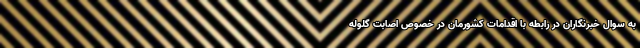
به سوال خبرنگاران در رابطه با اقدامات کشورمان در خصوص اصابت گلوله